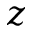
z